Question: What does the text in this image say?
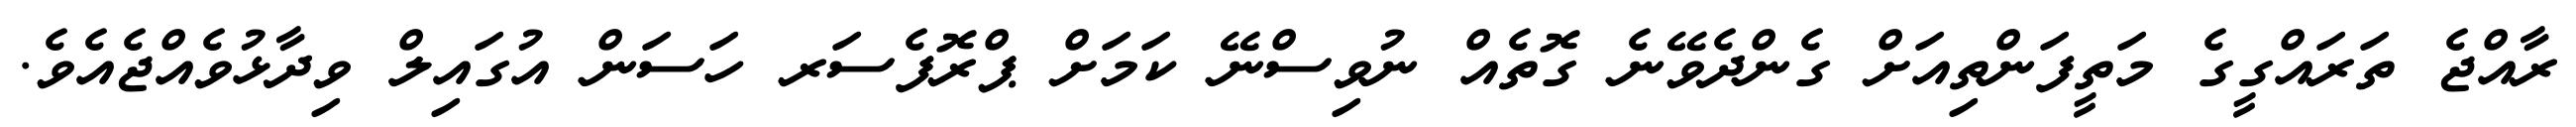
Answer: ރާއްޖެ ތަރައްގީގެ މަތީފަންތިއަށް ގެންދެވޭނެ ގޮތެއް ނުވިސްނޭ ކަމަށް ޕްރޮފެސަރ ހަސަން އުގައިލް ވިދާޅުވެއްޖެއެވެ.